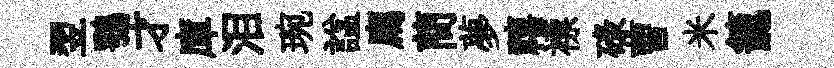
翌鶚才庫泪琬諡廌蕳夢禧褾碌曹米籠